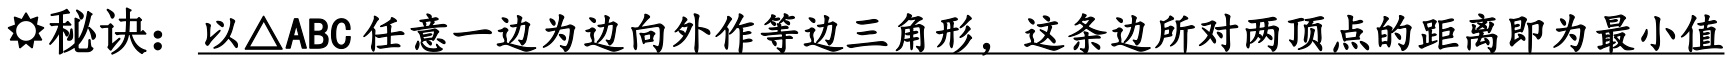
⚡秘诀：以\(\triangle ABC\) 任意一边为边向外作等边三角形，这条边所对两顶点的距离即为最小值